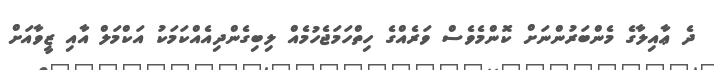
ދެ ޢާއިލާގެ މެންބަރުންނަށް ކޮންމެވެސް ވަރެއްގެ ހިތްހަމަޖެހުމެއް ލިބިގެންދިއެއްކަމަކު އަކްމަލް އާއި ޒީވާއަށް